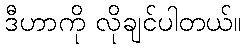
ဒီဟာကို လိုချင်ပါတယ်။